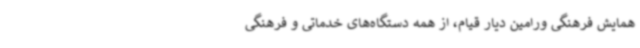
همایش فرهنگی ورامین دیار قیام، از همه دستگاه‌های خدماتی و فرهنگی